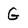
Character: G